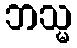
ဘသ္မ